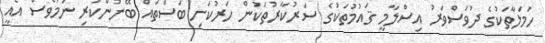
ހަމަލާތަކުގެ ދުވަސްވަރު އިސްލާމީ ޤައުމުތަކުގެ ސަރުކާރުތަކުން ހަރުކަށި ބަސްތައް ބޭނުންކުރި ނަމަވެސް އެއީ